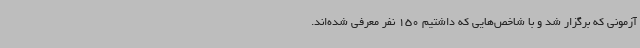
آزمونی که برگزار شد و با شاخص‌هایی که داشتیم 150 نفر معرفی شده‌اند.